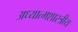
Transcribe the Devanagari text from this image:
अध्यात्मशास्त्रीय